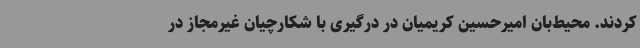
کردند. محیط‌بان امیرحسین کریمیان در درگیری با شکارچیان غیرمجاز در